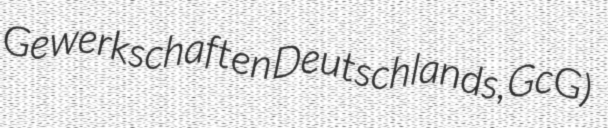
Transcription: Gewerkschaften Deutschlands, GcG)